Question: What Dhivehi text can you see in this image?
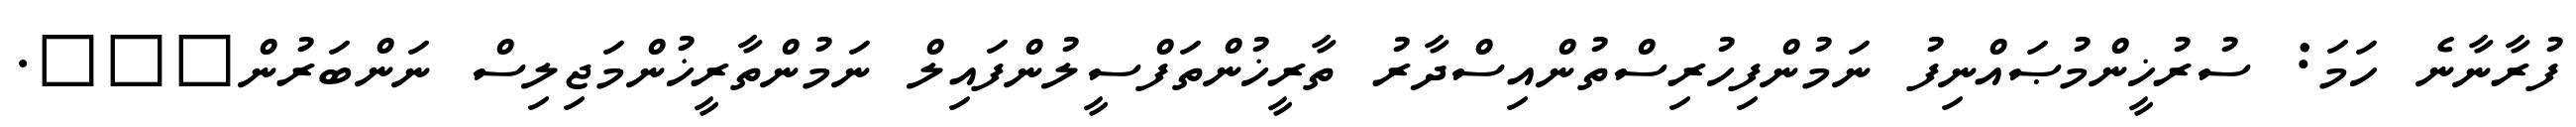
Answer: ފުރާނާނެ ހަމަ: ސުރުޚީންމުޞައްނިފު ނަމުންފިހުރިސްތުންއިސްދާރު ތާރީޚުންތަފްސީލުންފައިލް ނަމުންތާރީޚުންމަޖިލިސް ނަންބަރުން???.